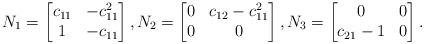
LaTeX: \begin{align*}N_1=\begin{bmatrix} c_{11}& -c^2_{11}\\1&-c_{11}\end{bmatrix},N_2=\begin{bmatrix} 0& c_{12}-c^2_{11}\\0&0\end{bmatrix},N_3=\begin{bmatrix} 0& 0\\c_{21}-1&0\end{bmatrix}.\end{align*}